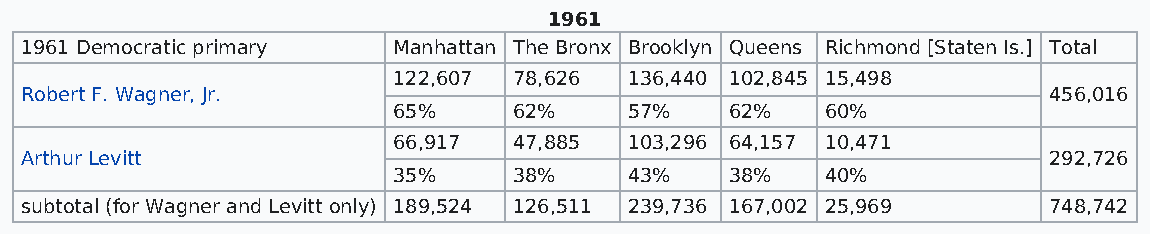
1961
 1961 Democratic primary  Manhattan The Bronx Brooklyn Queens Richmond [Staten Is.] Total
 122,607 78,626  136,440 102,845 15,498
 Robert F. Wagner, Jr.                                               456,016
 65%     62%     57%   62%    60%
 66,917  47,885  103,296 64,157 10,471
 Arthur Levitt                                                       292,726
 35%     38%     43%   38%    40%
 subtotal (for Wagner and Levitt only) 189,524 126,511 239,736 167,002 25,969 748,742